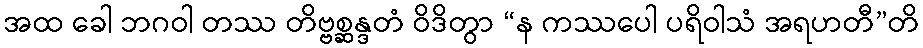
အထ ခေါ ဘဂဝါ တဿ တိဗ္ဗစ္ဆန္ဒတံ ဝိဒိတွာ “န ကဿပေါ ပရိဝါသံ အရဟတီ”တိ